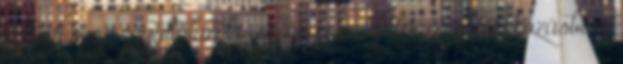
mikor vesz egyáltalán le- újjá egy még drámaibb fokozásban.